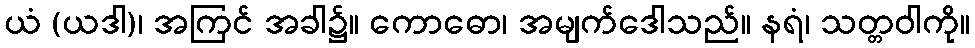
ယံ (ယဒါ)၊ အကြင် အခါ၌။ ကောဓော၊ အမျက်ဒေါသည်။ နရံ၊ သတ္တဝါကို။